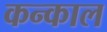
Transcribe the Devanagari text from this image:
कन्काल